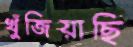
খুঁজিয়াছি